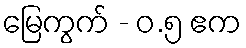
မြေကွက် - ၀.၅ ဧက